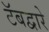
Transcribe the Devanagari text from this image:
टॅबद्वारे